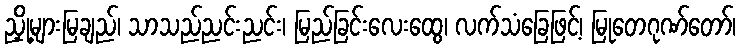
ညှို့များမြချည်၊ သာသည်ညင်းညင်း၊ မြည်ခြင်းလေးထွေ၊ လက်သံခြေဖြင့်၊ မြုတေဂုဏ်တော်၊